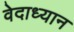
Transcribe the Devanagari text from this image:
वेदाध्यान